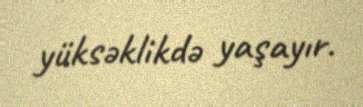
yüksəklikdə yaşayır.